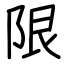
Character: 限